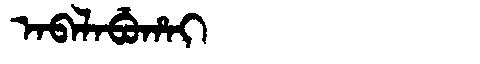
Manchu: ᠠᠪᠠᠯᠠᠪᡠᡥᠠᡳ
Romanization: ABALABUHAI